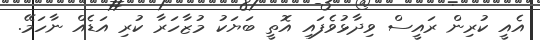
އެއީ ކުރިން ރައީސް ވިދާޅުވެފައި އޮތީ ބަޔަކު މުޒާހަރާ ކުރި އަޑެއް ނާހަމޭ.